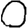
Digit: 0